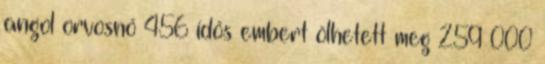
angol orvosnő 456 idős embert ölhetett meg 259 000